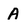
Character: A